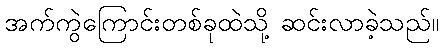
အက်ကွဲကြောင်းတစ်ခုထဲသို့ ဆင်းလာခဲ့သည်။